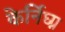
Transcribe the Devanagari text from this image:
केर्निघ्ग्न